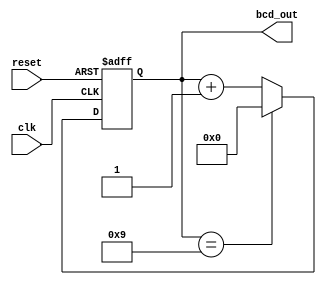
module BCD_Counter (
    input wire clk, // Clock input
    input wire reset, // Reset input
    output reg [3:0] bcd_out // BCD output
);

reg [3:0] count; // 4-bit counter to store the BCD value

always @(posedge clk or posedge reset) begin
    if (reset) begin
        count <= 4'b0000; // Reset the counter to zero
    end else begin
        if (count == 4'd9) begin
            count <= 4'b0000; // Reset the counter to zero when it reaches 9
        end else begin
            count <= count + 1; // Increment the counter by 1
        end
    end
end

assign bcd_out = count; // Assign the BCD value to the output

endmodule